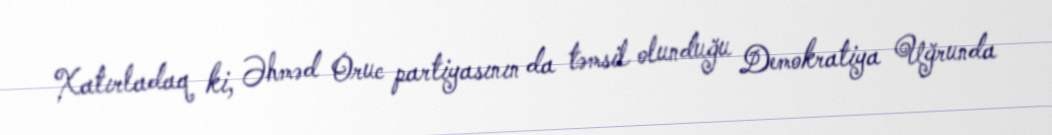
Xatırladaq ki, Əhməd Oruc partiyasının da təmsil olunduğu Demokratiya Uğrunda